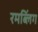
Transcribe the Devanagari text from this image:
रमब्लिंग